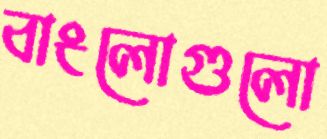
বাংলোগুলো